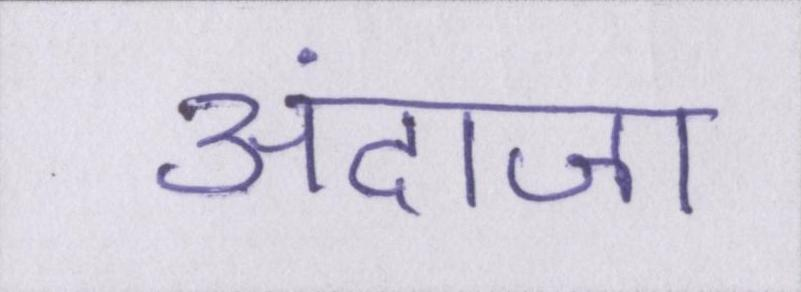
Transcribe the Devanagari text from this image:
अंदाजा